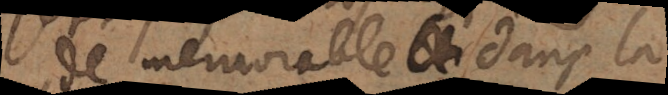
de memorable dans la